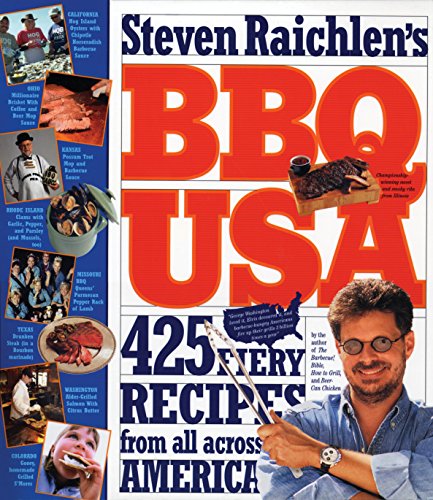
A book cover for BBQ USA: 425 Fiery Recipes from All Across America; Steven Raichlen; Cookbooks, Food & Wine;